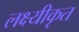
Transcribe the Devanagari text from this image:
लक्ष्यीकृत